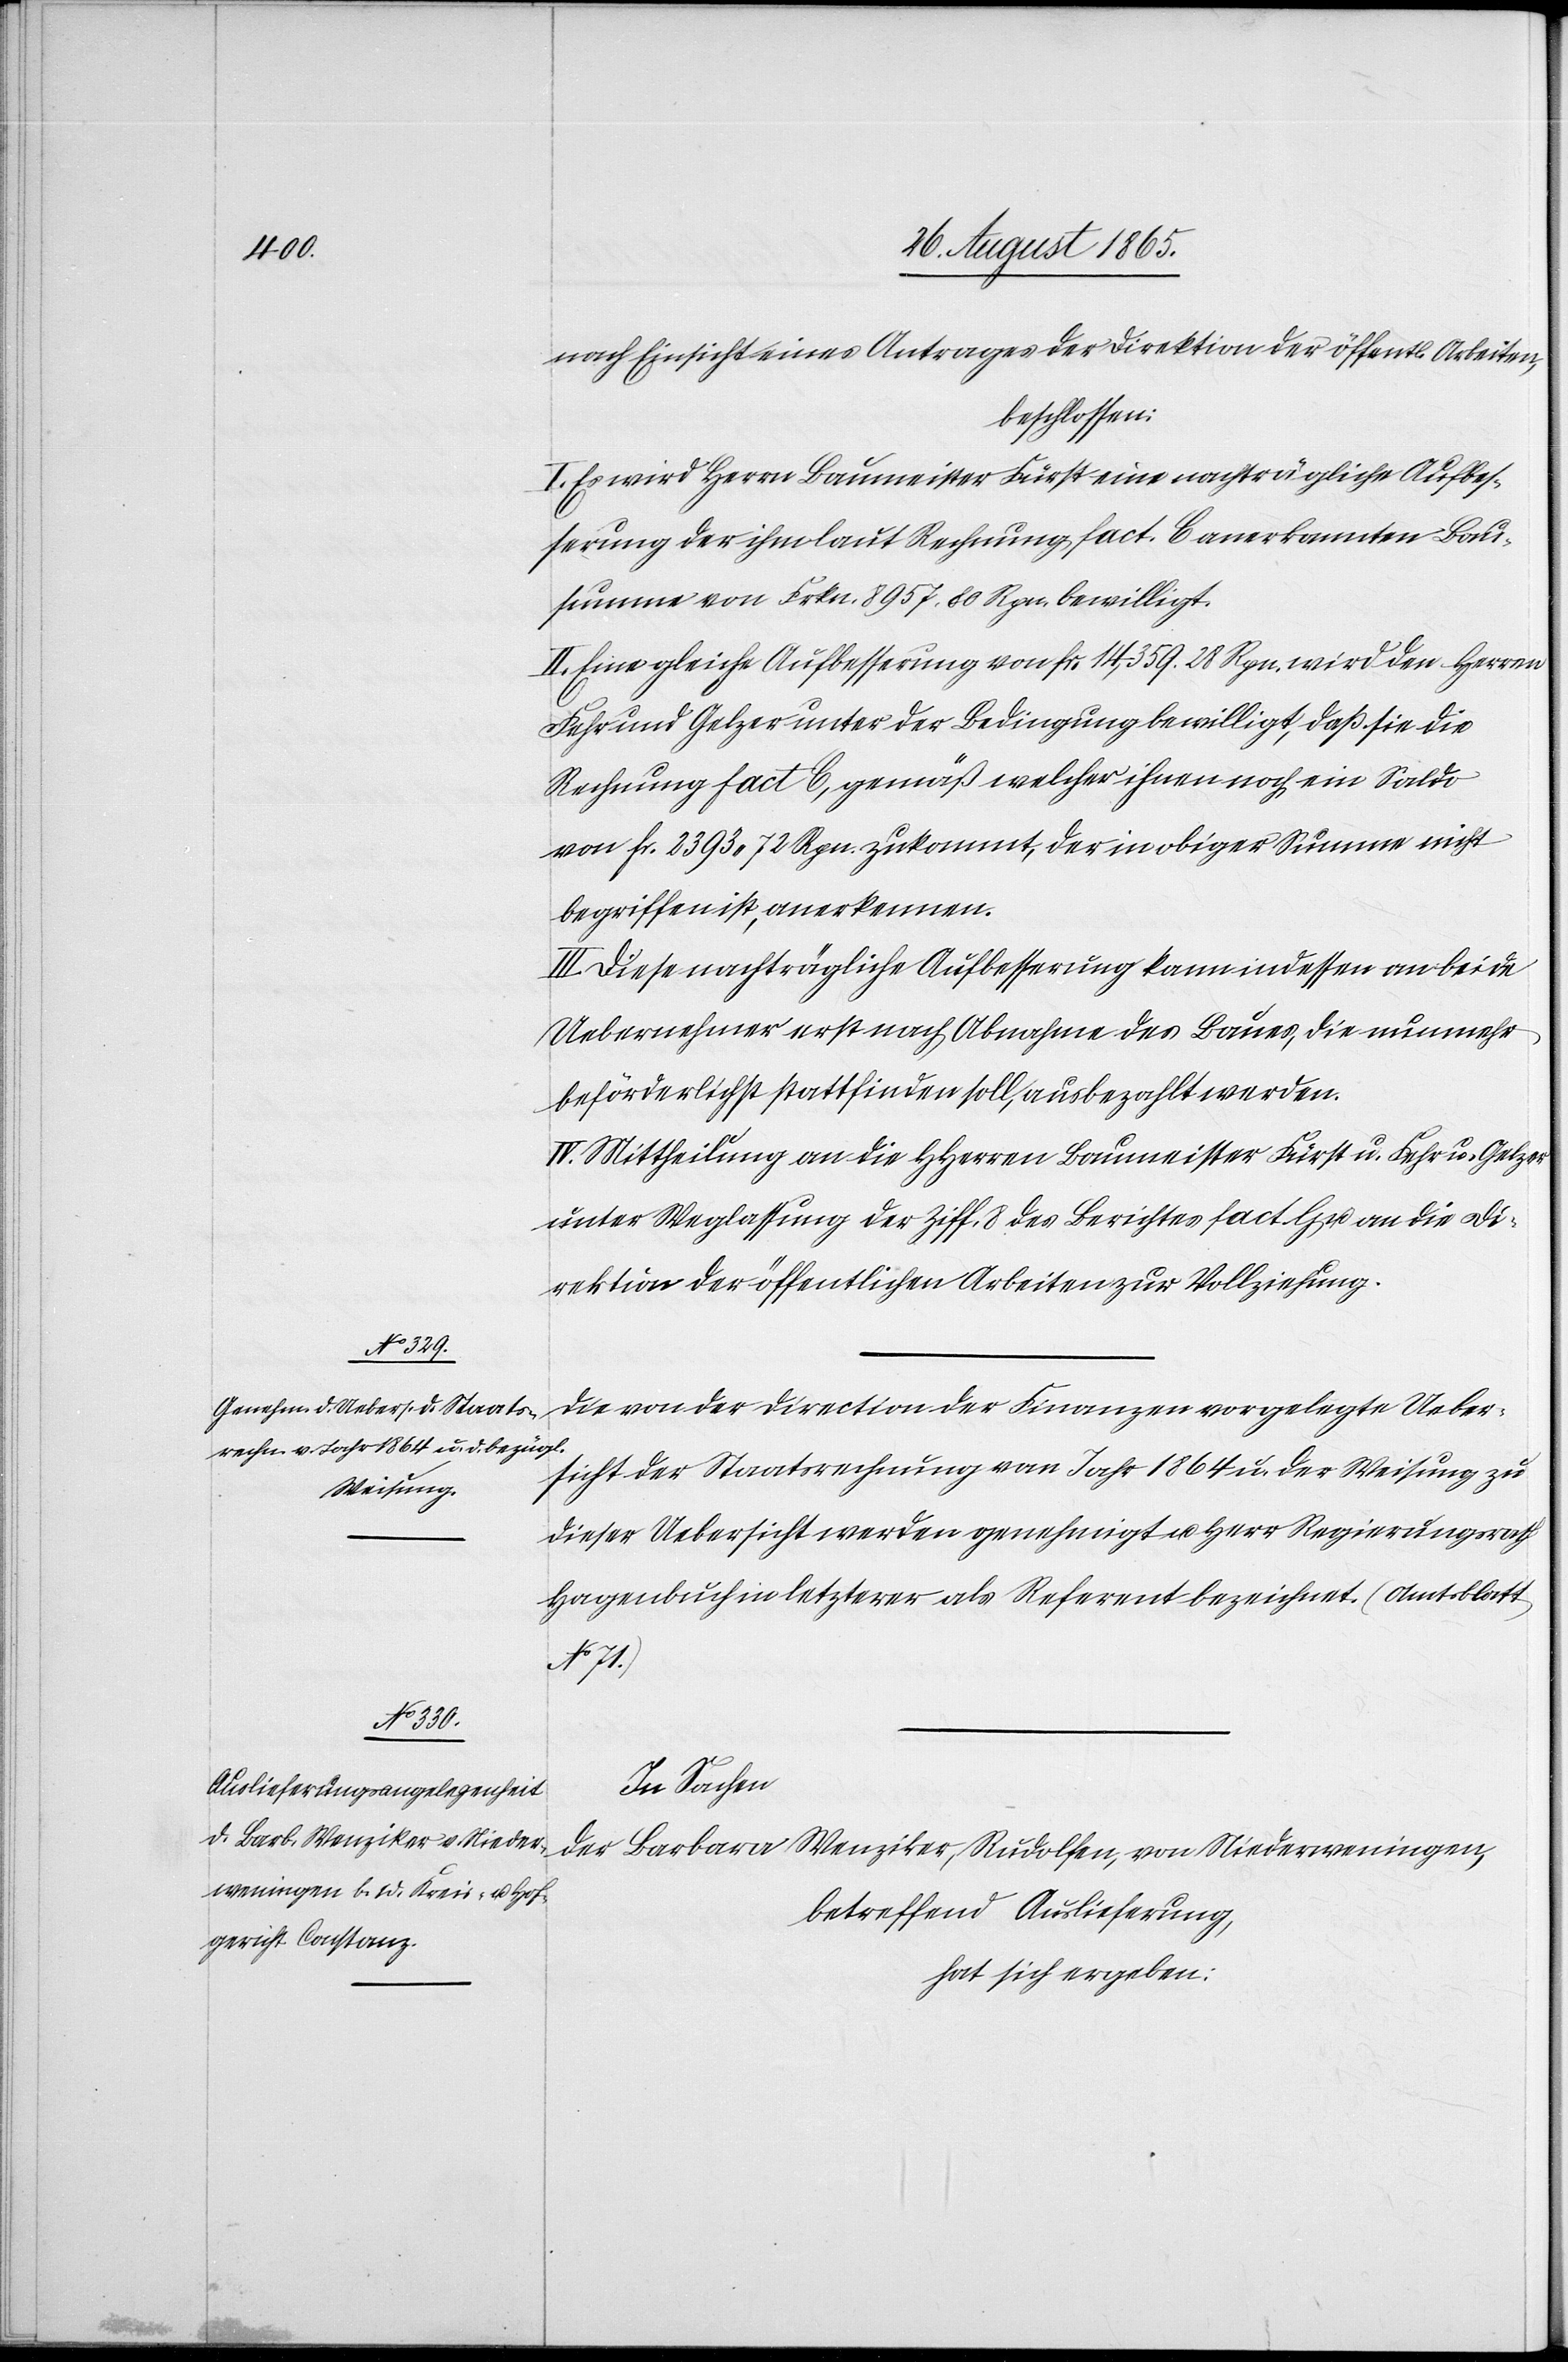
Die von der Direktion der Finanzen vorgelegte Ueber¬
sicht der Staatsrechnung vom Jahr 1864 u. der Weisung zu
dieser Uebersicht werden genehmigt u. Herr Regierungsrath
Hagenbuch in letzterer als Referent bezeichnet. (Amtsblatt
No 71.)
In Sachen
der Barbara Wenziker, Rudolfen, von Niederwenigen,
betreffend Auslieferung,
hat sich ergeben: